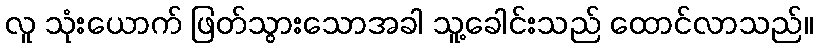
လူ သုံးယောက် ဖြတ်သွားသောအခါ သူ့ခေါင်းသည် ထောင်လာသည်။